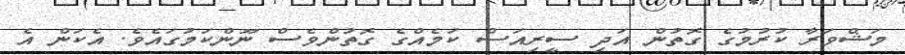
މަޝްވަރާ ކުރުމުގެ ގޮތުން އަދި ސީރިއަސް ކަމެއްގެ ގޮތުންވެސް ނޫންކަމުގައެވެ. އެކަން އެ